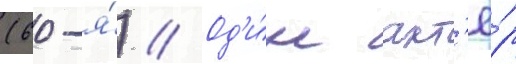
(60-я́) // Од'и́н акт'ё́р